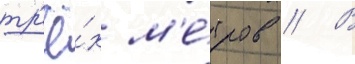
тр'ё́х м'е́тров // В